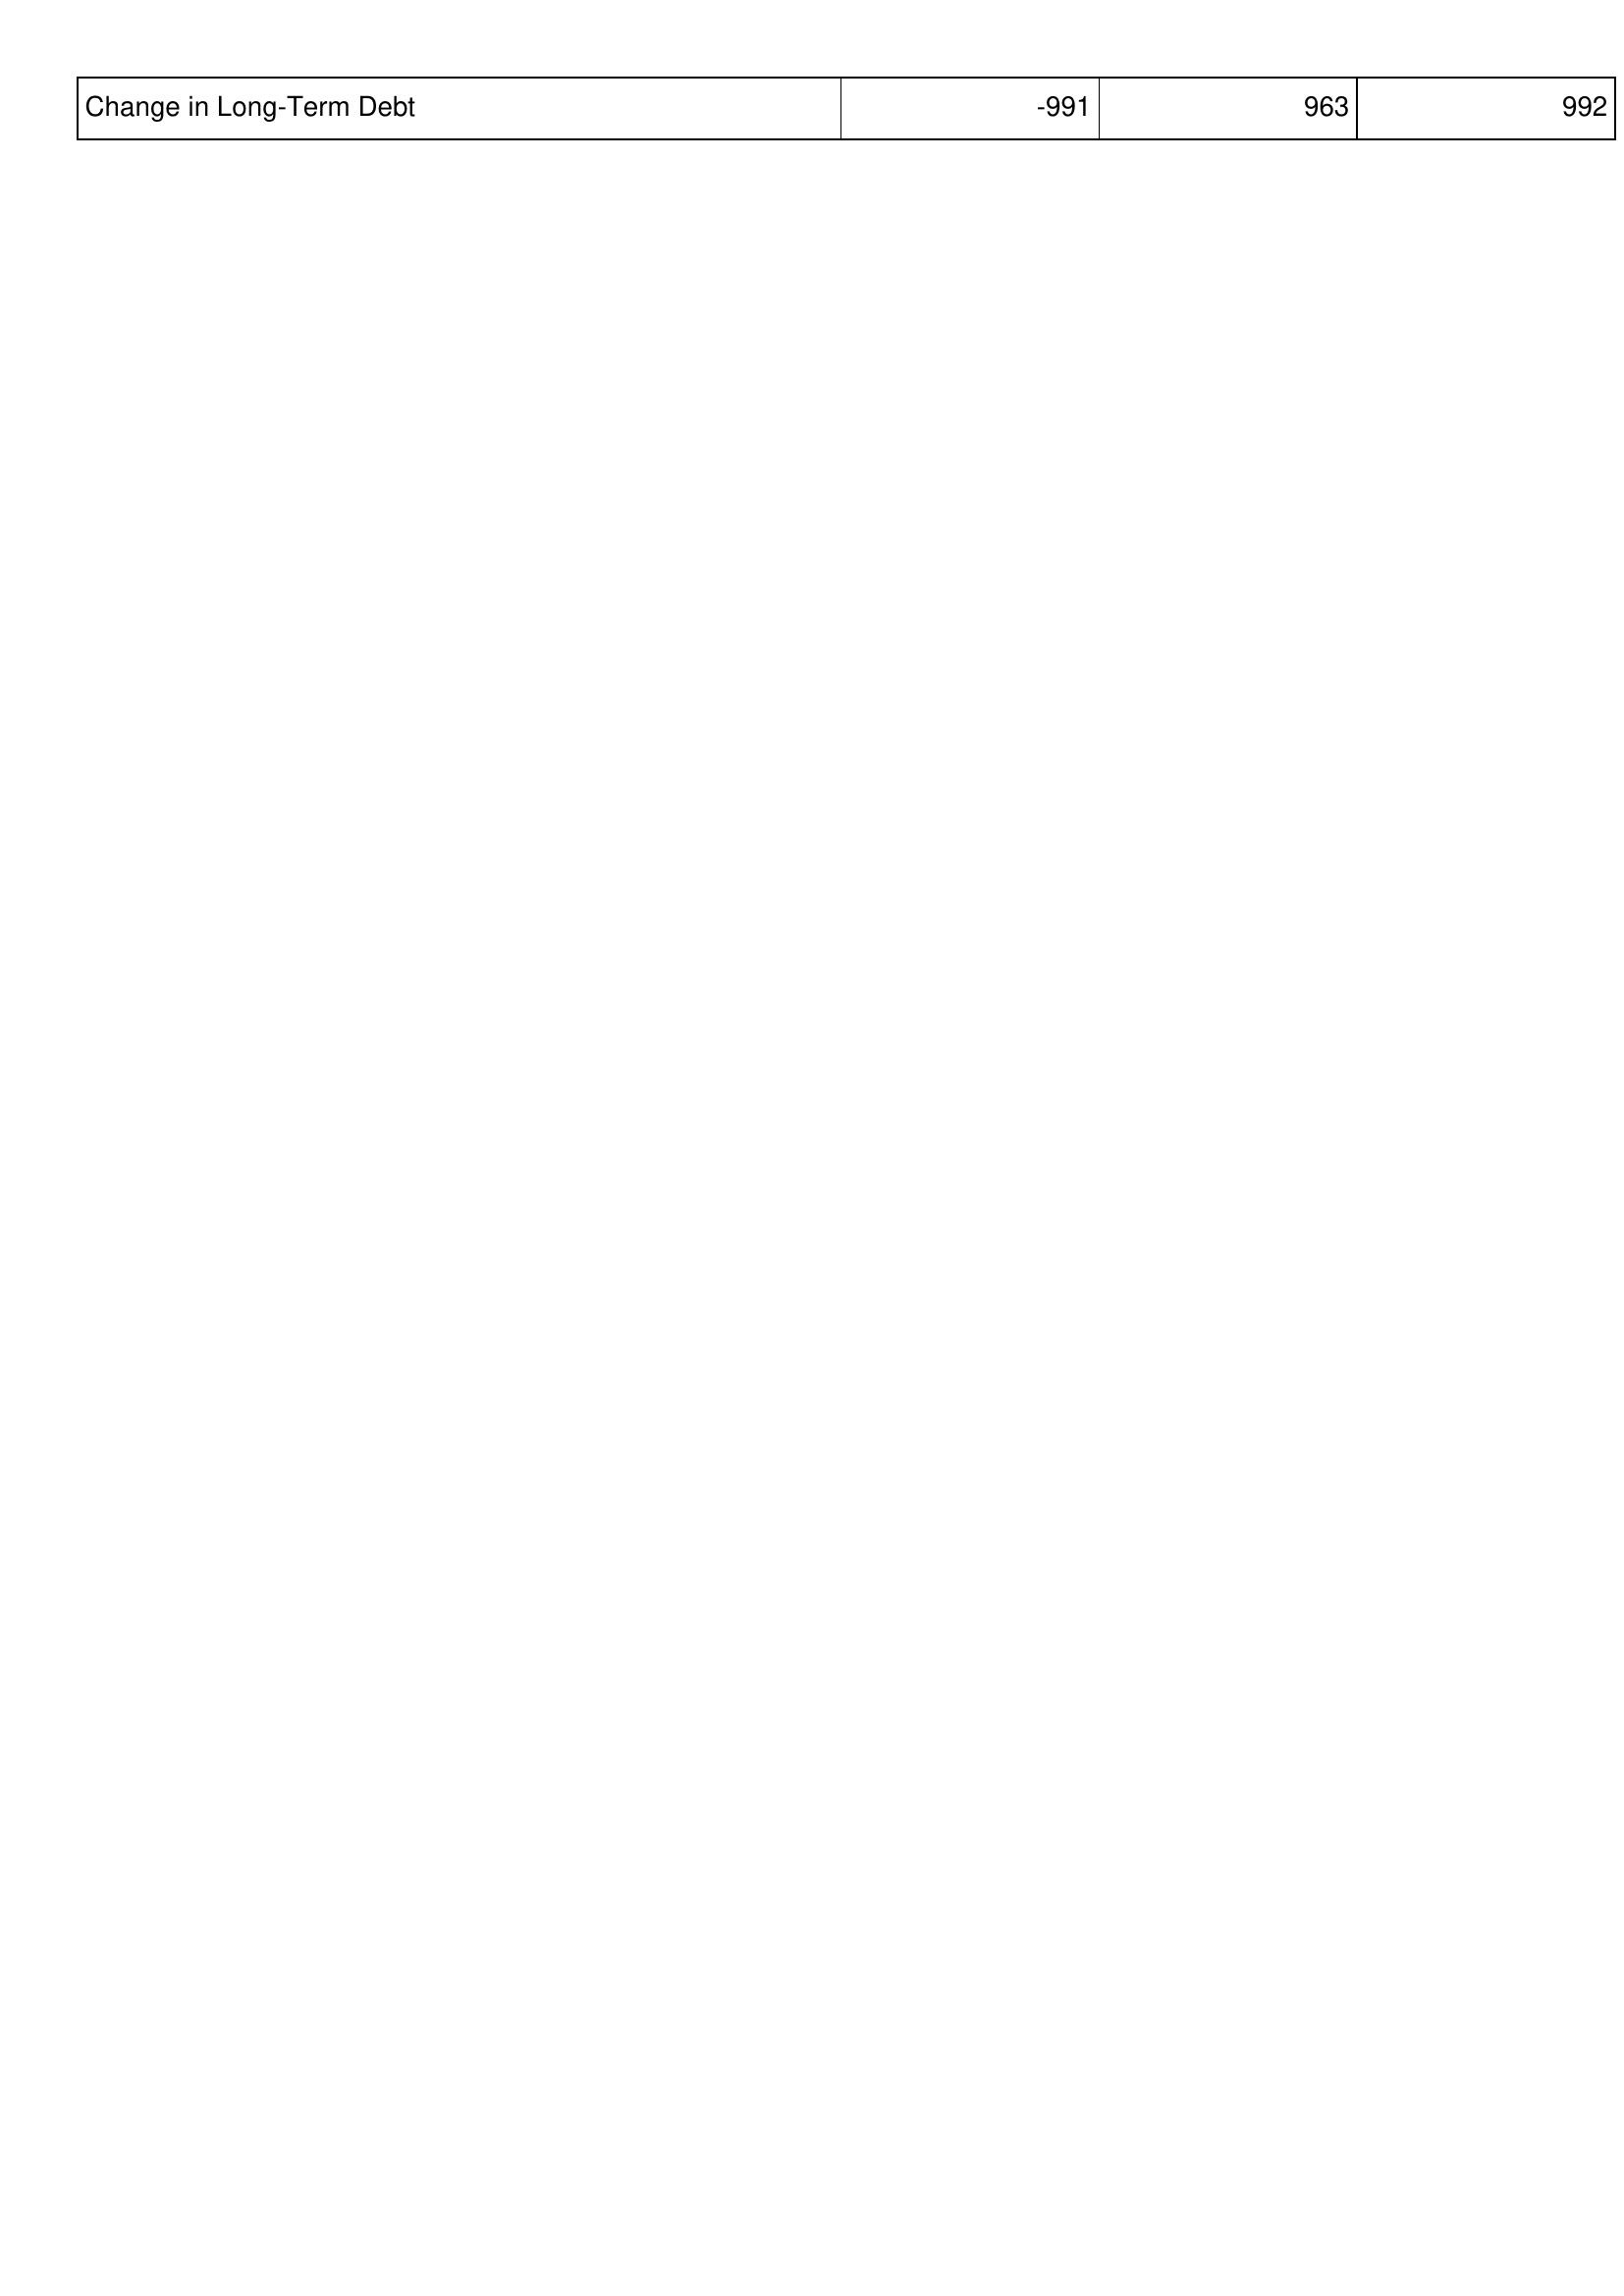
2019: Financing Activities: Change in Long-Term Debt: -991
2020: Financing Activities: Change in Long-Term Debt: 963
2021: Financing Activities: Change in Long-Term Debt: 992